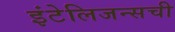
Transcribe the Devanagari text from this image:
इंटेलिजन्सची